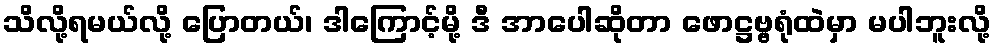
သိလို့ရမယ်လို့ ပြောတယ်၊ ဒါကြောင့်မို့ ဒီ အာပေါဆိုတာ ဖောဋ္ဌဗ္ဗရုံထဲမှာ မပါဘူးလို့